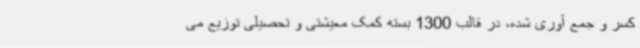
کسر و جمع آوری شده، در قالب 1300 بسته کمک معیشتی و تحصیلی توزیع می